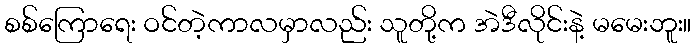
စစ်ကြောရေး ဝင်တဲ့ကာလမှာလည်း သူတို့က အဲဒီလိုင်းနဲ့ မမေးဘူး။